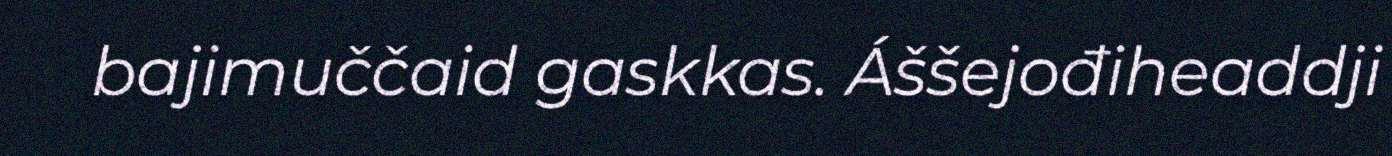
bajimuččaid gaskkas. Áššejođiheaddji